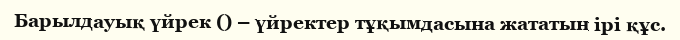
Барылдауық үйрек () – үйректер тұқымдасына жататын ірі құс.